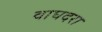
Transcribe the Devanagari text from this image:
वाघदरा